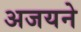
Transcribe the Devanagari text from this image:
अजयने